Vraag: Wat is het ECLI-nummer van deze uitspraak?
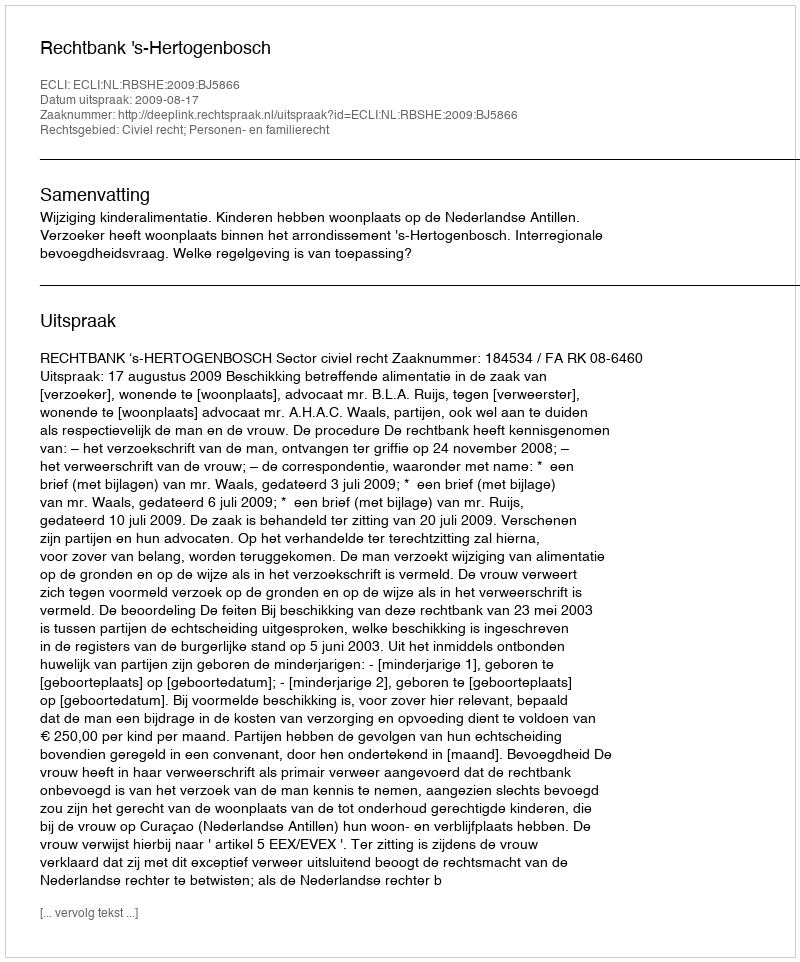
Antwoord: ECLI:NL:RBSHE:2009:BJ5866